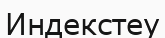
Индекстеу